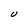
Character: U